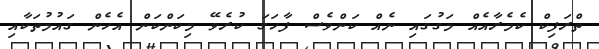
ތްރަފިކް ކެމެރާއެއް މަގުގައި ނެއް ކަންވެސް ފާހަގަ ކުރެވޭ މިކަންކަން އެހެން ގައުމުތަކާއި